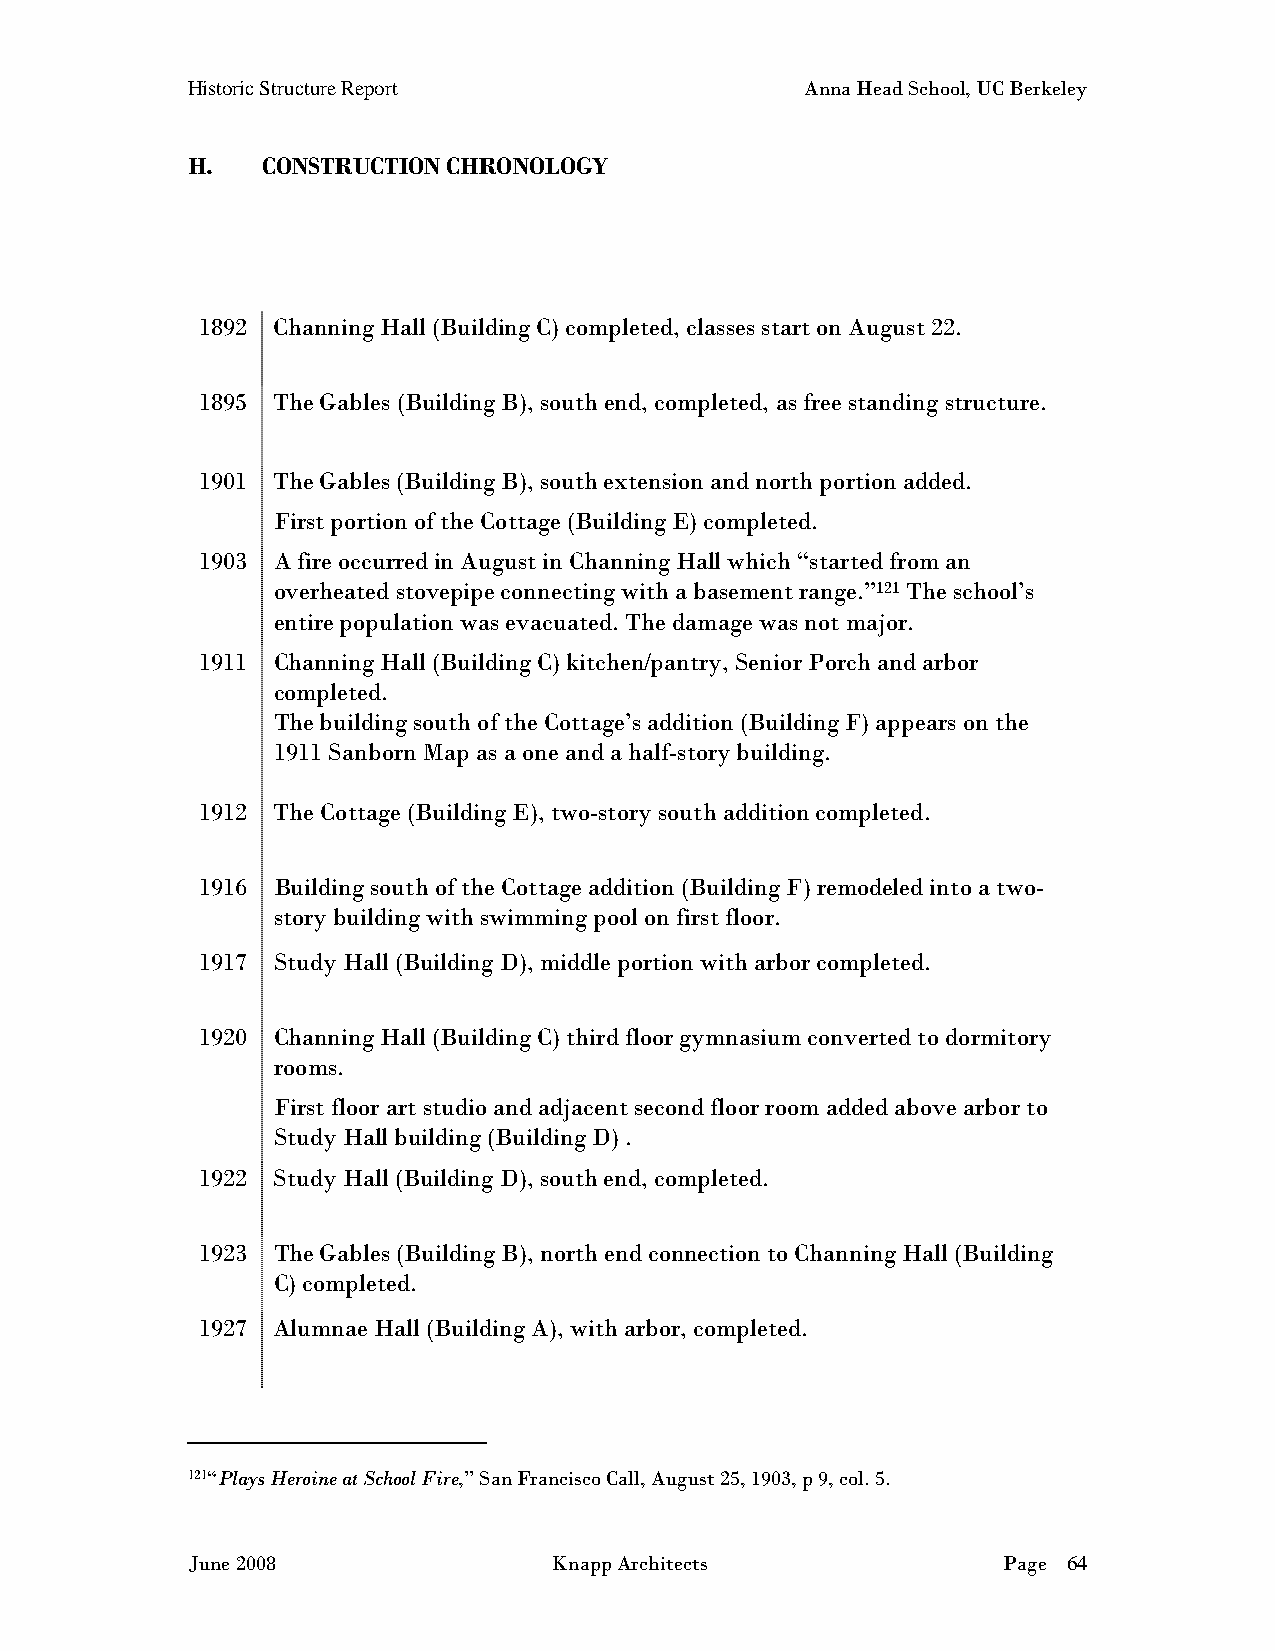
Historic Structure Report                Anna Head School, UC Berkeley
 H.   CONSTRUCTION CHRONOLOGY
 1892 Channing Hall (Building C) completed, classes start on August 22.
 1895 The Gables (Building B), south end, completed, as free standing structure.
 1901 The Gables (Building B), south extension and north portion added.
 First portion of the Cottage (Building E) completed.
 1903 A fire occurred in August in Channing Hall which “started from an
 overheated stovepipe connecting with a basement range.”121 The school’s
 entire population was evacuated. The damage was not major.
 1911 Channing Hall (Building C) kitchen/pantry, Senior Porch and arbor
 completed.
 The building south of the Cottage’s addition (Building F) appears on the
 1911 Sanborn Map as a one and a half-story building.
 1912 The Cottage (Building E), two-story south addition completed.
 1916 Building south of the Cottage addition (Building F) remodeled into a two-
 story building with swimming pool on first floor.
 1917 Study Hall (Building D), middle portion with arbor completed.
 1920 Channing Hall (Building C) third floor gymnasium converted to dormitory
 rooms.
 First floor art studio and adjacent second floor room added above arbor to
 Study Hall building (Building D) .
 1922 Study Hall (Building D), south end, completed.
 1923 The Gables (Building B), north end connection to Channing Hall (Building
 C) completed.
 1927 Alumnae Hall (Building A), with arbor, completed.
 121“Plays Heroine at School Fire,” San Francisco Call, August 25, 1903, p 9, col. 5.
 June 2008                Knapp Architects             Page 64